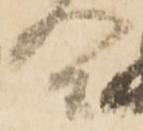
合